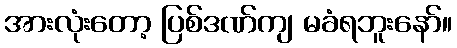
အားလုံးတော့ ပြစ်ဒဏ်ကျ မခံရဘူးနော်။